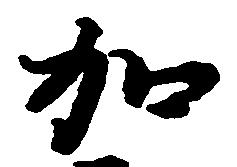
加